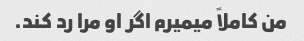
من کاملاً میمیرم اگر او مرا رد کند.